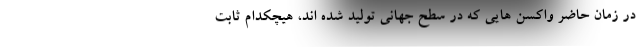
در زمان حاضر واکسن هایی که در سطح جهانی تولید شده اند، هیچکدام ثابت